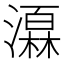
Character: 𪷩